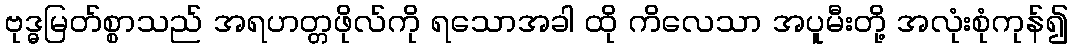
ဗုဒ္ဓမြတ်စ္စာသည် အရဟတ္တဖိုလ်ကို ရသောအခါ ထို ကိလေသာ အပူမီးတို့ အလုံးစုံကုန်၍